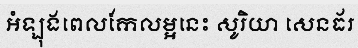
អំឡុងពេលកែលម្អនេះ សូរិយា សេនធ័រ